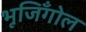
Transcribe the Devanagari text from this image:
भूजिँगोल